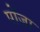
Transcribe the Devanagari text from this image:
पोंजा